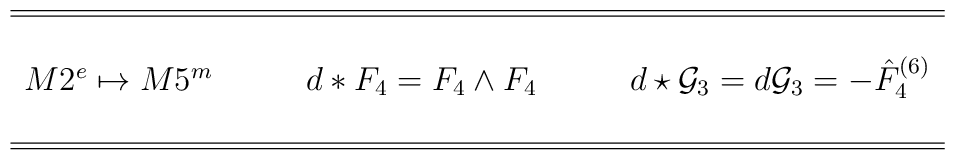
\begin{array}{ccc} \hline \hline & & \\M2^e \mapsto M5^m&\qquad d*F_4=F_4 \wedge F_4&\qquad d\star {\cal G}_3=d{\cal G}_3=-\hat F^{(6)}_4 \\& & \\ \hline\hline\end{array}